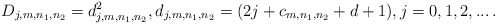
\begin{align*}D_{j,m,n_1,n_2}=d_{j,m,n_1,n_2}^2, d_{j,m,n_1,n_2}=(2 j +c_{m,n_1,n_2}+d+1), j=0,1,2,...\,.\end{align*}